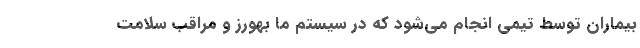
بیماران توسط تیمی انجام می‌شود که در سیستم ما بهورز و مراقب سلامت